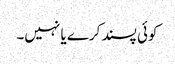
کوئی پسند کرے یا نہیں۔